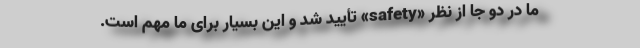
ما در دو جا از نظر «safety» تأیید شد و این بسیار برای ما مهم است.